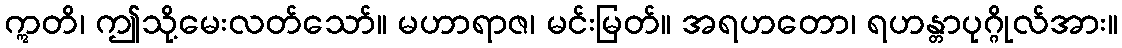
ဣတိ၊ ဤသို့မေးလတ်သော်။ မဟာရာဇ၊ မင်းမြတ်။ အရဟတော၊ ရဟန္တာပုဂ္ဂိုလ်အား။